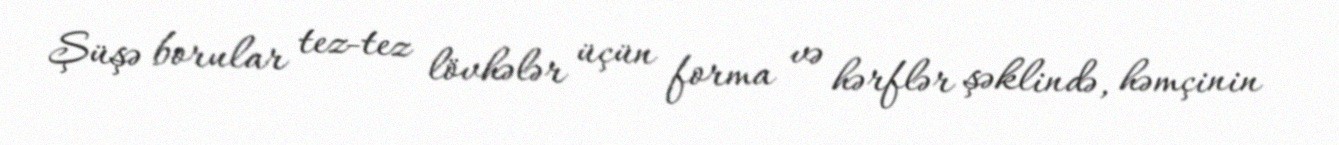
Şüşə borular tez-tez lövhələr üçün forma və hərflər şəklində, həmçinin